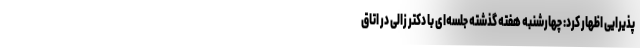
پذیرایی اظهار کرد: چهارشنبه هفته گذشته جلسه‌ای با دکتر زالی در اتاق